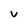
Character: v